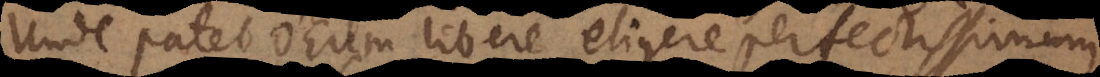
Unde patet Deum libere eligere perfectissimum.